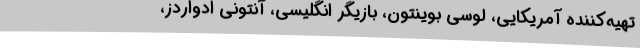
تهیه‌کننده آمریکایی، لوسی بوینتون، بازیگر انگلیسی، آنتونی ادواردز،